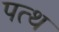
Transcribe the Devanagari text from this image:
पत्थ